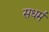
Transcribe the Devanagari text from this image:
सधर्म